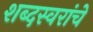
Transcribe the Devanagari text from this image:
शब्दस्वरांचे